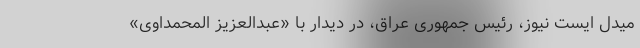
میدل ایست نیوز، رئیس جمهوری عراق، در دیدار با «عبدالعزیز المحمداوی»